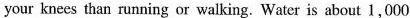
your knees than running or walking. Water is about 1,000